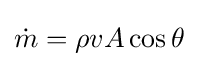
{\dot {m}}=\rho vA\cos \theta